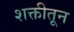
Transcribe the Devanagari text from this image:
शक्तीतून